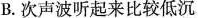
B.次声波听起来比较低沉